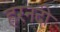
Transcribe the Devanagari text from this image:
हरनदी